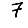
Digit: 7